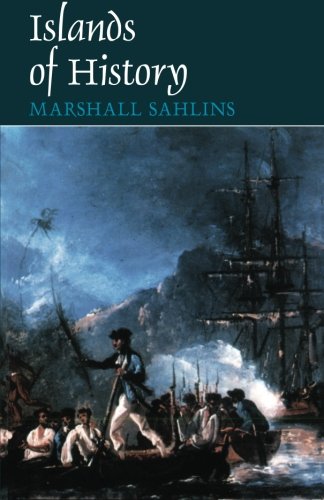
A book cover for Islands of History; Marshall Sahlins; History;